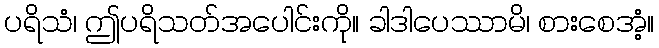
ပရိသံ၊ ဤပရိသတ်အပေါင်းကို။ ခါဒါပေဿာမိ၊ စားစေအံ့။